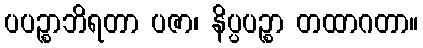
ပပဉ္စာဘိရတာ ပဇာ၊ နိပ္ပပဉ္စာ တထာဂတာ။